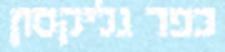
כפר גליקסון